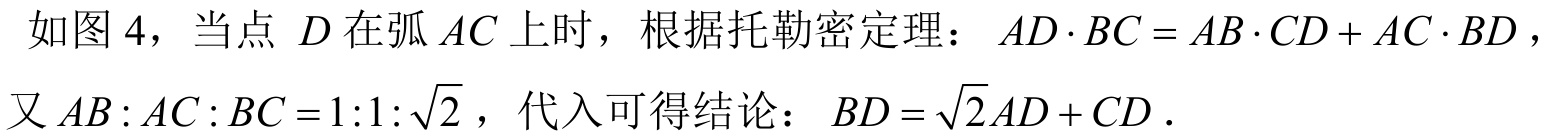
如图 \(4\)，当点 \(D\) 在弧 \(AC\) 上时，根据托勒密定理：\(AD\cdot BC = AB\cdot CD + AC\cdot BD\)，
又 \(AB:AC:BC = 1:1:\sqrt{2}\)，代入可得结论：\(BD=\sqrt{2}AD + CD\) .